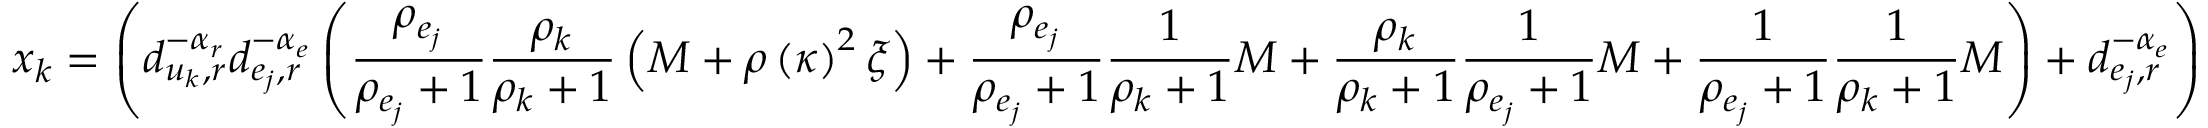
x _ { k } = \left( d _ { u _ { k } , r } ^ { - \alpha _ { r } } d _ { e _ { j } , r } ^ { - \alpha _ { e } } \left( \frac { \rho _ { e _ { j } } } { \rho _ { e _ { j } } + 1 } \frac { \rho _ { k } } { \rho _ { k } + 1 } \left( M + \rho \left( \kappa \right) ^ { 2 } \xi \right) + \frac { \rho _ { e _ { j } } } { \rho _ { e _ { j } } + 1 } \frac { 1 } { \rho _ { k } + 1 } M + \frac { \rho _ { k } } { \rho _ { k } + 1 } \frac { 1 } { \rho _ { e _ { j } } + 1 } M + \frac { 1 } { \rho _ { e _ { j } } + 1 } \frac { 1 } { \rho _ { k } + 1 } M \right) + d _ { e _ { j } , r } ^ { - \alpha _ { e } } \right)